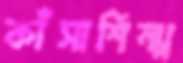
কাঁসাশিল্প